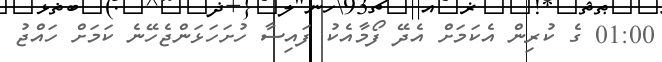
01:00 ގެ ކުރިން އެކަމަށް އެދޭ ފޯމާއެކު ފައިސާ ހުށަހަޅަންޖެހޭނެ ކަމަށް ހައްޖު